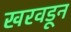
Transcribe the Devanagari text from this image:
खरवडून